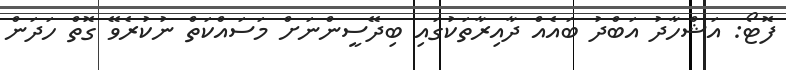
ފޮޓޯ: އަޝްހާދު އަބްދު ބައެއް ދާއިރާތަކުގައި ބިދޭސީންނަށް މަސައްކަތް ނުކުރެވޭ ގޮތް ހަދަން